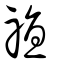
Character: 禃